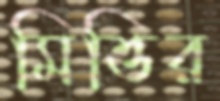
মিত্তির